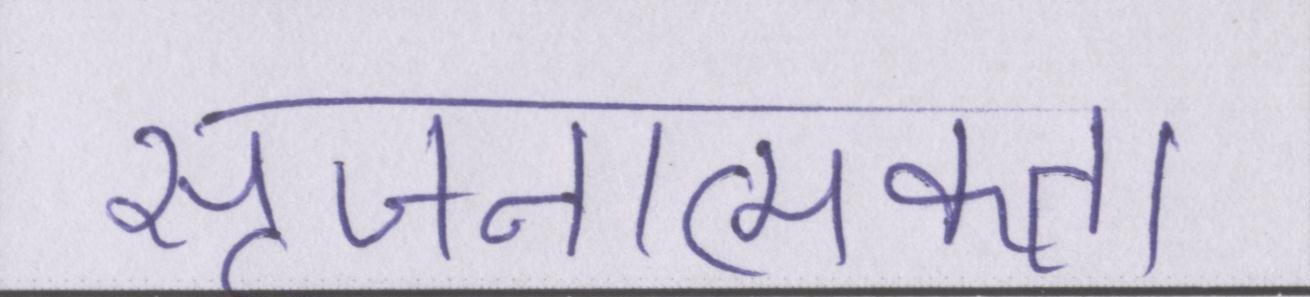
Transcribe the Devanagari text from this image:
सृजनात्मकता